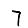
Digit: 7